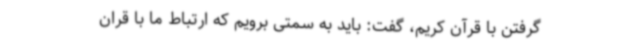
گرفتن با قرآن کریم، گفت: باید به سمتی برویم که ارتباط ما با قران